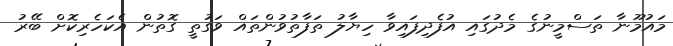
މައުމޫނާ ތަސްމީނުގެ މެދުގައި އުފެދިފައިވާ ހިޔާލު ތަފާތުވުންތައް ވަގުތީ ގޮތުން އެކަހެރިކޮށް ބޭރު